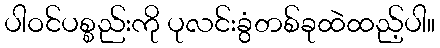
ပါဝင်ပစ္စည်းကို ပုလင်းခွံတစ်ခုထဲထည့်ပါ။